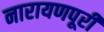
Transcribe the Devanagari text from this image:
नारायणपूरी